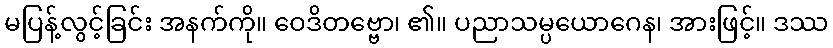
မပြန့်လွင့်ခြင်း အနက်ကို။ ဝေဒိတဗ္ဗော၊ ၏။ ပညာသမ္ပယောဂေန၊ အားဖြင့်။ ဒဿ